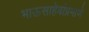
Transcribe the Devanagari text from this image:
भाऊसाहेबांप्रमाणे